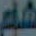
هام